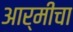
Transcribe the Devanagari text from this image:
आर्मीचा